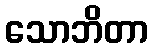
သောဘိတာ